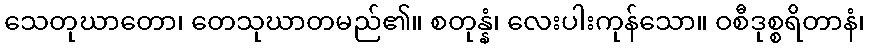
သေတုဃာတော၊ တေသုဃာတမည်၏။ စတုန္နံ၊ လေးပါးကုန်သော။ ဝစီဒုစ္စရိတာနံ၊